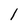
Character: l